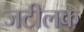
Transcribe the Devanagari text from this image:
जटीलक